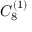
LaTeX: { C } _ { 8 } ^ { ( 1 ) }